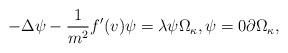
LaTeX: \begin{align*}-\Delta \psi - \frac{1}{m^2} f'(v) \psi = \lambda \psi \Omega_{\kappa}, \psi = 0 \partial \Omega_{\kappa},\end{align*}